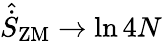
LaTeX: \hat{\dot{S}}_{\mathrm{ZM}}\rightarrow\ln{4N}